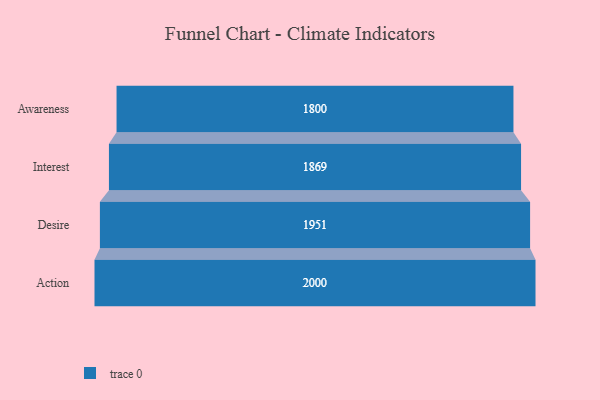
{"axis": {"x": "Stage", "y": "Value"}, "legend": [""], "data": [{"x": "Awareness", "y": 1800.0, "type": ""}, {"x": "Interest", "y": 1869.0, "type": ""}, {"x": "Desire", "y": 1951.0, "type": ""}, {"x": "Action", "y": 2000, "type": ""}]}